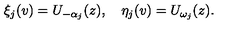
\xi _ { j } ( v ) = U _ { - \alpha _ { j } } ( z ) , \quad \eta _ { j } ( v ) = U _ { \omega _ { j } } ( z ) .